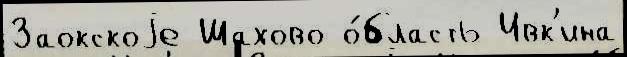
Заокскоjе Шахово о́бласть Ивк'ина